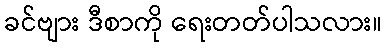
ခင်ဗျား ဒီစာကို ရေးတတ်ပါသလား။